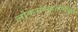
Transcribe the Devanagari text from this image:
लोकसंस्कृतीपैकी